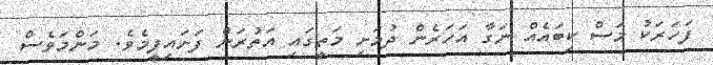
ފަހަރަކު މަސް ކިބައެއް ނަގާ އަހަރެން ދުމަށި މަތީގައި އަތުރަން ފަށައިފީމެވެ. މަންމަވެސް